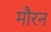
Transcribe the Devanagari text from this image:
मौरन